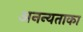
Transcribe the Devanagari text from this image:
अनन्यताका